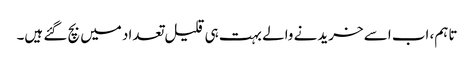
تاہم، اب اسے خریدنے والے بہت ہی قلیل تعداد میں بچ گئے ہیں۔